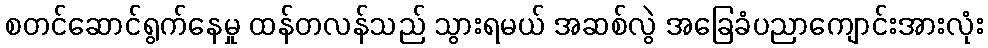
စတင်ဆောင်ရွက်နေမှု ထန်တလန်သည် သွားရမယ် အဆစ်လွဲ အခြေခံပညာကျောင်းအားလုံး